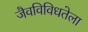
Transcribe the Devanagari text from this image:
जैवविविधतेला